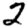
Digit: 2